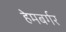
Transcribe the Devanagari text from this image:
हेमबर्गर